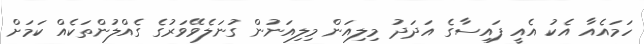
ހަމައެއާ އެކު އެއީ ފައިސާގެ އަދަދު މިލިއަން މިލިއަނުން ގުނަލެވޭވަރުގެ ގެއްލުންތަކެއް ކަމަށް